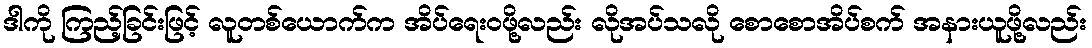
ဒါကို ကြည့်ခြင်းဖြင့် လူတစ်ယောက်က အိပ်ရေးဝဖို့လည်း လိုအပ်သလို စောစောအိပ်စက် အနားယူဖို့လည်း